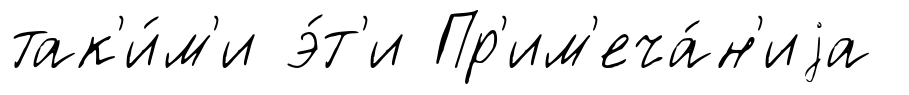
так'и́м'и э́т'и Пр'им'еча́н'иjа